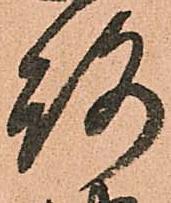
路